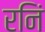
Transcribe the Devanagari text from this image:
रनिं